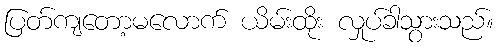
ပြတ်ကျတော့မလောက် ယိမ်းထိုး လှုပ်ခါသွားသည်။